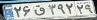
۲۶ق۳۹۲۲۹